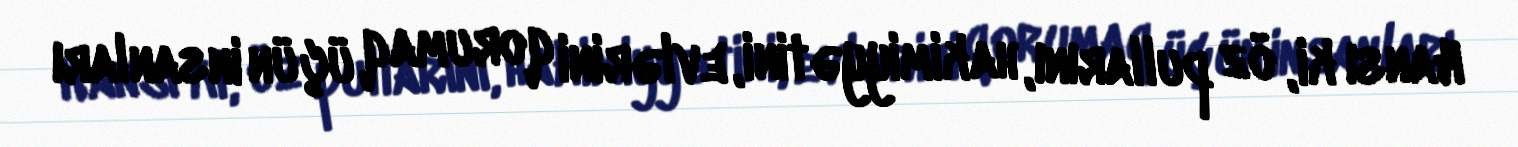
Hansı ki, öz pullarını, hakimiyyətini, evlərini qorumaq üçün insanları